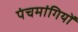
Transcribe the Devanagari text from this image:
पंचमांगियों